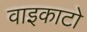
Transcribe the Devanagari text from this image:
वाइकाटो